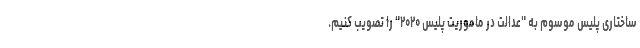
ساختاری پلیس موسوم به "عدالت در ماموریت پلیس ۲۰۲۰" را تصویب کنیم.